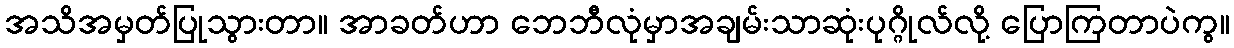
အသိအမှတ်ပြုသွားတာ။ အာခတ်ဟာ ဘေဘီလုံမှာအချမ်းသာဆုံးပုဂ္ဂိုလ်လို့ ပြောကြတာပဲကွ။